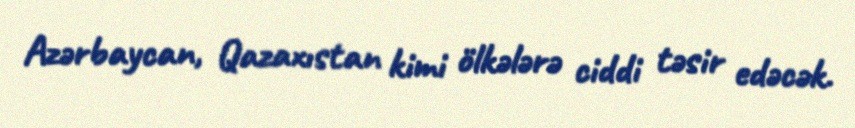
Azərbaycan, Qazaxıstan kimi ölkələrə ciddi təsir edəcək.